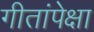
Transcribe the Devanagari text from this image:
गीतांपेक्षा